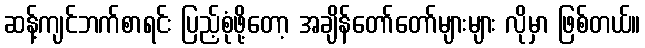
ဆန့်ကျင်ဘက်စာရင်း ပြည့်စုံဖို့တော့ အချိန်တော်တော်များများ လိုမှာ ဖြစ်တယ်။